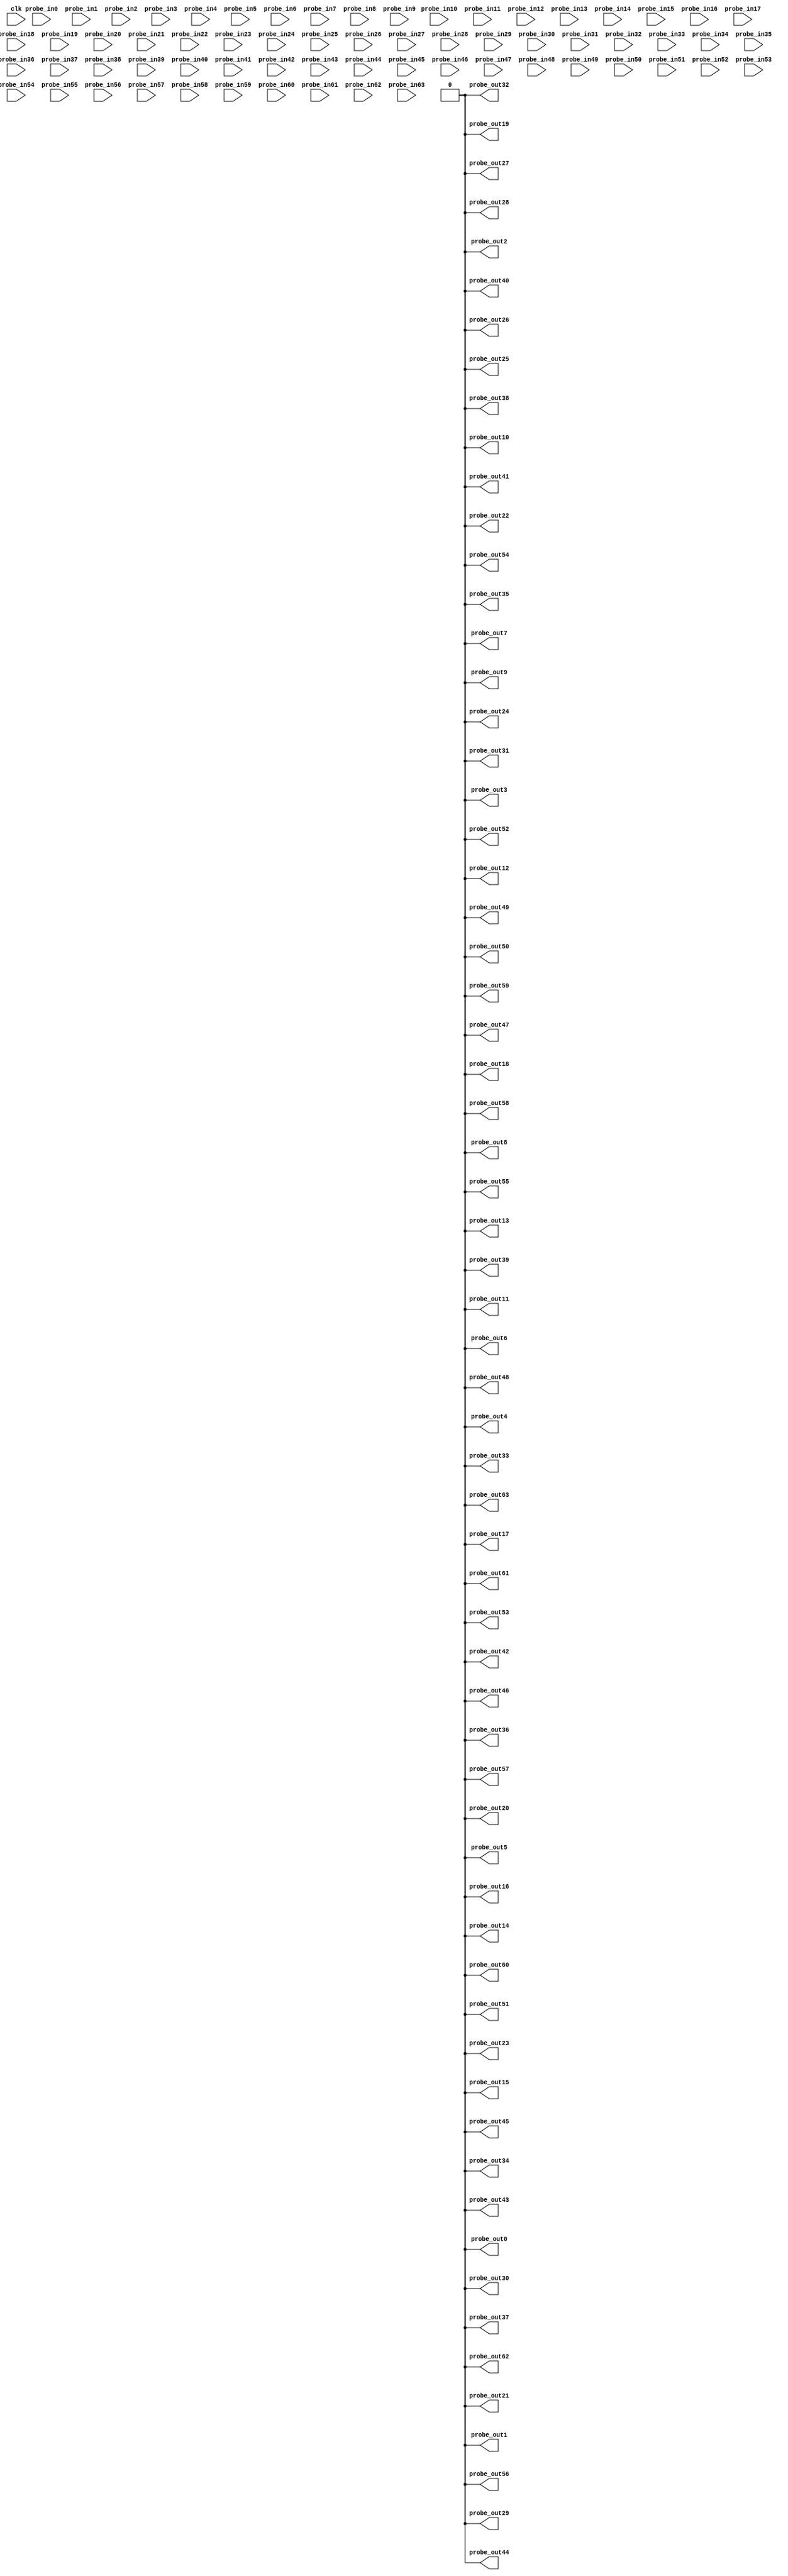
// (c) Copyright 1995-2013 Xilinx, Inc. All rights reserved.
//
// This file contains confidential and proprietary information
// of Xilinx, Inc. and is protected under U.S. and
// international copyright and other intellectual property
// laws.
//
// DISCLAIMER
// This disclaimer is not a license and does not grant any
// rights to the materials distributed herewith. Except as
// otherwise provided in a valid license issued to you by
// Xilinx, and to the maximum extent permitted by applicable
// law: (1) THESE MATERIALS ARE MADE AVAILABLE "AS IS" AND
// WITH ALL FAULTS, AND XILINX HEREBY DISCLAIMS ALL WARRANTIES
// AND CONDITIONS, EXPRESS, IMPLIED, OR STATUTORY, INCLUDING
// BUT NOT LIMITED TO WARRANTIES OF MERCHANTABILITY, NON-
// INFRINGEMENT, OR FITNESS FOR ANY PARTICULAR PURPOSE; and
// (2) Xilinx shall not be liable (whether in contract or tort,
// including negligence, or under any other theory of
// liability) for any loss or damage of any kind or nature
// related to, arising under or in connection with these
// materials, including for any direct, or any indirect,
// special, incidental, or consequential loss or damage
// (including loss of data, profits, goodwill, or any type of
// loss or damage suffered as a result of any action brought
// by a third party) even if such damage or loss was
// reasonably foreseeable or Xilinx had been advised of the
// possibility of the same.
//
// CRITICAL APPLICATIONS
// Xilinx products are not designed or intended to be fail-
// safe, or for use in any application requiring fail-safe
// performance, such as life-support or safety devices or
// systems, Class III medical devices, nuclear facilities,
// applications related to the deployment of airbags, or any
// other applications that could lead to death, personal
// injury, or severe property or environmental damage
// (individually and collectively, "Critical
// Applications"). Customer assumes the sole risk and
// liability of any use of Xilinx products in Critical
// Applications, subject only to applicable laws and
// regulations governing limitations on product liability.
//
// THIS COPYRIGHT NOTICE AND DISCLAIMER MUST BE RETAINED AS
// PART OF THIS FILE AT ALL TIMES.
//
// DO NOT MODIFY THIS FILE.

module vio_0 (
clk,
probe_in0,probe_in1,probe_in2,probe_in3,probe_in4,probe_in5,probe_in6,probe_in7,probe_in8,probe_in9,probe_in10,probe_in11,probe_in12,probe_in13,probe_in14,probe_in15,probe_in16,probe_in17,probe_in18,probe_in19,probe_in20,probe_in21,probe_in22,probe_in23,probe_in24,probe_in25,probe_in26,probe_in27,probe_in28,probe_in29,probe_in30,probe_in31,probe_in32,probe_in33,probe_in34,probe_in35,probe_in36,probe_in37,probe_in38,probe_in39,probe_in40,probe_in41,probe_in42,probe_in43,probe_in44,probe_in45,probe_in46,probe_in47,probe_in48,probe_in49,probe_in50,probe_in51,probe_in52,probe_in53,probe_in54,probe_in55,probe_in56,probe_in57,probe_in58,probe_in59,probe_in60,probe_in61,probe_in62,probe_in63,
probe_out0,
probe_out1,
probe_out2,
probe_out3,
probe_out4,
probe_out5,
probe_out6,
probe_out7,
probe_out8,
probe_out9,
probe_out10,
probe_out11,
probe_out12,
probe_out13,
probe_out14,
probe_out15,
probe_out16,
probe_out17,
probe_out18,
probe_out19,
probe_out20,
probe_out21,
probe_out22,
probe_out23,
probe_out24,
probe_out25,
probe_out26,
probe_out27,
probe_out28,
probe_out29,
probe_out30,
probe_out31,
probe_out32,
probe_out33,
probe_out34,
probe_out35,
probe_out36,
probe_out37,
probe_out38,
probe_out39,
probe_out40,
probe_out41,
probe_out42,
probe_out43,
probe_out44,
probe_out45,
probe_out46,
probe_out47,
probe_out48,
probe_out49,
probe_out50,
probe_out51,
probe_out52,
probe_out53,
probe_out54,
probe_out55,
probe_out56,
probe_out57,
probe_out58,
probe_out59,
probe_out60,
probe_out61,
probe_out62,
probe_out63
);

input clk;
input [0 : 0] probe_in0;
input [0 : 0] probe_in1;
input [0 : 0] probe_in2;
input [0 : 0] probe_in3;
input [0 : 0] probe_in4;
input [0 : 0] probe_in5;
input [0 : 0] probe_in6;
input [0 : 0] probe_in7;
input [0 : 0] probe_in8;
input [0 : 0] probe_in9;
input [0 : 0] probe_in10;
input [0 : 0] probe_in11;
input [0 : 0] probe_in12;
input [0 : 0] probe_in13;
input [0 : 0] probe_in14;
input [0 : 0] probe_in15;
input [0 : 0] probe_in16;
input [0 : 0] probe_in17;
input [0 : 0] probe_in18;
input [0 : 0] probe_in19;
input [0 : 0] probe_in20;
input [0 : 0] probe_in21;
input [0 : 0] probe_in22;
input [0 : 0] probe_in23;
input [0 : 0] probe_in24;
input [0 : 0] probe_in25;
input [0 : 0] probe_in26;
input [0 : 0] probe_in27;
input [0 : 0] probe_in28;
input [0 : 0] probe_in29;
input [0 : 0] probe_in30;
input [0 : 0] probe_in31;
input [0 : 0] probe_in32;
input [0 : 0] probe_in33;
input [0 : 0] probe_in34;
input [0 : 0] probe_in35;
input [0 : 0] probe_in36;
input [0 : 0] probe_in37;
input [0 : 0] probe_in38;
input [0 : 0] probe_in39;
input [0 : 0] probe_in40;
input [0 : 0] probe_in41;
input [0 : 0] probe_in42;
input [0 : 0] probe_in43;
input [0 : 0] probe_in44;
input [0 : 0] probe_in45;
input [0 : 0] probe_in46;
input [0 : 0] probe_in47;
input [0 : 0] probe_in48;
input [0 : 0] probe_in49;
input [0 : 0] probe_in50;
input [0 : 0] probe_in51;
input [0 : 0] probe_in52;
input [0 : 0] probe_in53;
input [0 : 0] probe_in54;
input [0 : 0] probe_in55;
input [0 : 0] probe_in56;
input [0 : 0] probe_in57;
input [0 : 0] probe_in58;
input [0 : 0] probe_in59;
input [0 : 0] probe_in60;
input [0 : 0] probe_in61;
input [0 : 0] probe_in62;
input [0 : 0] probe_in63;

output reg [0 : 0] probe_out0 = 'h0 ;
output reg [0 : 0] probe_out1 = 'h0 ;
output reg [0 : 0] probe_out2 = 'h0 ;
output reg [0 : 0] probe_out3 = 'h0 ;
output reg [0 : 0] probe_out4 = 'h0 ;
output reg [0 : 0] probe_out5 = 'h0 ;
output reg [0 : 0] probe_out6 = 'h0 ;
output reg [0 : 0] probe_out7 = 'h0 ;
output reg [0 : 0] probe_out8 = 'h0 ;
output reg [0 : 0] probe_out9 = 'h0 ;
output reg [0 : 0] probe_out10 = 'h0 ;
output reg [0 : 0] probe_out11 = 'h0 ;
output reg [0 : 0] probe_out12 = 'h0 ;
output reg [0 : 0] probe_out13 = 'h0 ;
output reg [0 : 0] probe_out14 = 'h0 ;
output reg [0 : 0] probe_out15 = 'h0 ;
output reg [0 : 0] probe_out16 = 'h0 ;
output reg [0 : 0] probe_out17 = 'h0 ;
output reg [0 : 0] probe_out18 = 'h0 ;
output reg [0 : 0] probe_out19 = 'h0 ;
output reg [0 : 0] probe_out20 = 'h0 ;
output reg [0 : 0] probe_out21 = 'h0 ;
output reg [0 : 0] probe_out22 = 'h0 ;
output reg [0 : 0] probe_out23 = 'h0 ;
output reg [0 : 0] probe_out24 = 'h0 ;
output reg [0 : 0] probe_out25 = 'h0 ;
output reg [0 : 0] probe_out26 = 'h0 ;
output reg [0 : 0] probe_out27 = 'h0 ;
output reg [0 : 0] probe_out28 = 'h0 ;
output reg [0 : 0] probe_out29 = 'h0 ;
output reg [0 : 0] probe_out30 = 'h0 ;
output reg [0 : 0] probe_out31 = 'h0 ;
output reg [0 : 0] probe_out32 = 'h0 ;
output reg [0 : 0] probe_out33 = 'h0 ;
output reg [0 : 0] probe_out34 = 'h0 ;
output reg [0 : 0] probe_out35 = 'h0 ;
output reg [0 : 0] probe_out36 = 'h0 ;
output reg [0 : 0] probe_out37 = 'h0 ;
output reg [0 : 0] probe_out38 = 'h0 ;
output reg [0 : 0] probe_out39 = 'h0 ;
output reg [0 : 0] probe_out40 = 'h0 ;
output reg [0 : 0] probe_out41 = 'h0 ;
output reg [0 : 0] probe_out42 = 'h0 ;
output reg [0 : 0] probe_out43 = 'h0 ;
output reg [0 : 0] probe_out44 = 'h0 ;
output reg [0 : 0] probe_out45 = 'h0 ;
output reg [0 : 0] probe_out46 = 'h0 ;
output reg [0 : 0] probe_out47 = 'h0 ;
output reg [0 : 0] probe_out48 = 'h0 ;
output reg [0 : 0] probe_out49 = 'h0 ;
output reg [0 : 0] probe_out50 = 'h0 ;
output reg [0 : 0] probe_out51 = 'h0 ;
output reg [0 : 0] probe_out52 = 'h0 ;
output reg [0 : 0] probe_out53 = 'h0 ;
output reg [0 : 0] probe_out54 = 'h0 ;
output reg [0 : 0] probe_out55 = 'h0 ;
output reg [0 : 0] probe_out56 = 'h0 ;
output reg [0 : 0] probe_out57 = 'h0 ;
output reg [0 : 0] probe_out58 = 'h0 ;
output reg [0 : 0] probe_out59 = 'h0 ;
output reg [0 : 0] probe_out60 = 'h0 ;
output reg [0 : 0] probe_out61 = 'h0 ;
output reg [0 : 0] probe_out62 = 'h0 ;
output reg [0 : 0] probe_out63 = 'h0 ;


endmodule